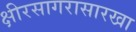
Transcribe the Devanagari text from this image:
क्षीरसागरासारखा